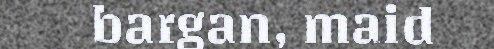
bargan, maid